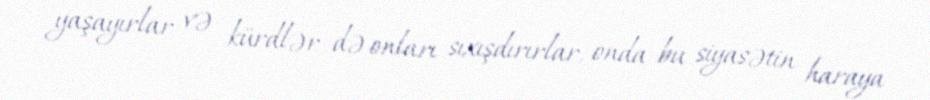
yaşayırlar və kürdlər də onları sıxışdırırlar, onda bu siyasətin haraya